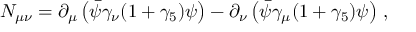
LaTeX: N _ { \mu \nu } = \partial _ { \mu } \left( \bar { \psi } \gamma _ { \nu } ( 1 + \gamma _ { 5 } ) \psi \right) - \partial _ { \nu } \left( \bar { \psi } \gamma _ { \mu } ( 1 + \gamma _ { 5 } ) \psi \right) \, ,